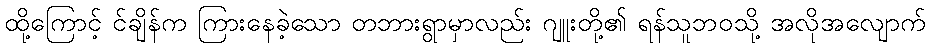
ထို့ကြောင့် င်ချိန်က ကြားနေခဲ့သော တဘားရွာမှာလည်း ဂျူးတို့၏ ရန်သူဘဝသို့ အလိုအလျောက်